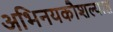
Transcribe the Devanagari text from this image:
अभिनयकौशल्यात